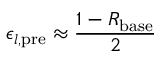
\epsilon _ { l , \mathrm { p r e } } \approx \frac { 1 - R _ { \mathrm { b a s e } } } { 2 }